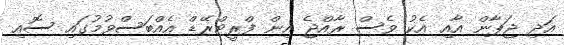
އަދި ޖަޕާން އާއި އެކު ވެސް ރާއްޖެ އިން ފްރީޓްރޭޑް އެއްބަސްވުމުގައި ސޮއި